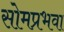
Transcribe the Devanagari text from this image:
सोमप्रभवा